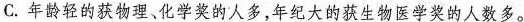
C.年龄轻的获物理、化学奖的人多，年纪大的获生物医学奖的人数多。